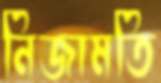
নিজামতি